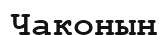
Чаконың